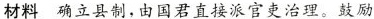
材料 确立县制，由国君直接派官吏治理。鼓励